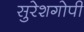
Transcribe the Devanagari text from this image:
सुरेशगोपी